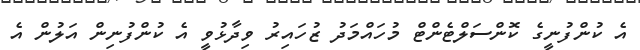
އެ ކުންފުނީގެ ކޮންސަލްޓެންޓް މުހައްމަދު ޒުހައިރު ވިދާޅުވީ އެ ކުންފުނިން އަލުން އެ